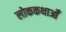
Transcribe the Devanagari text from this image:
लोककथाओँ